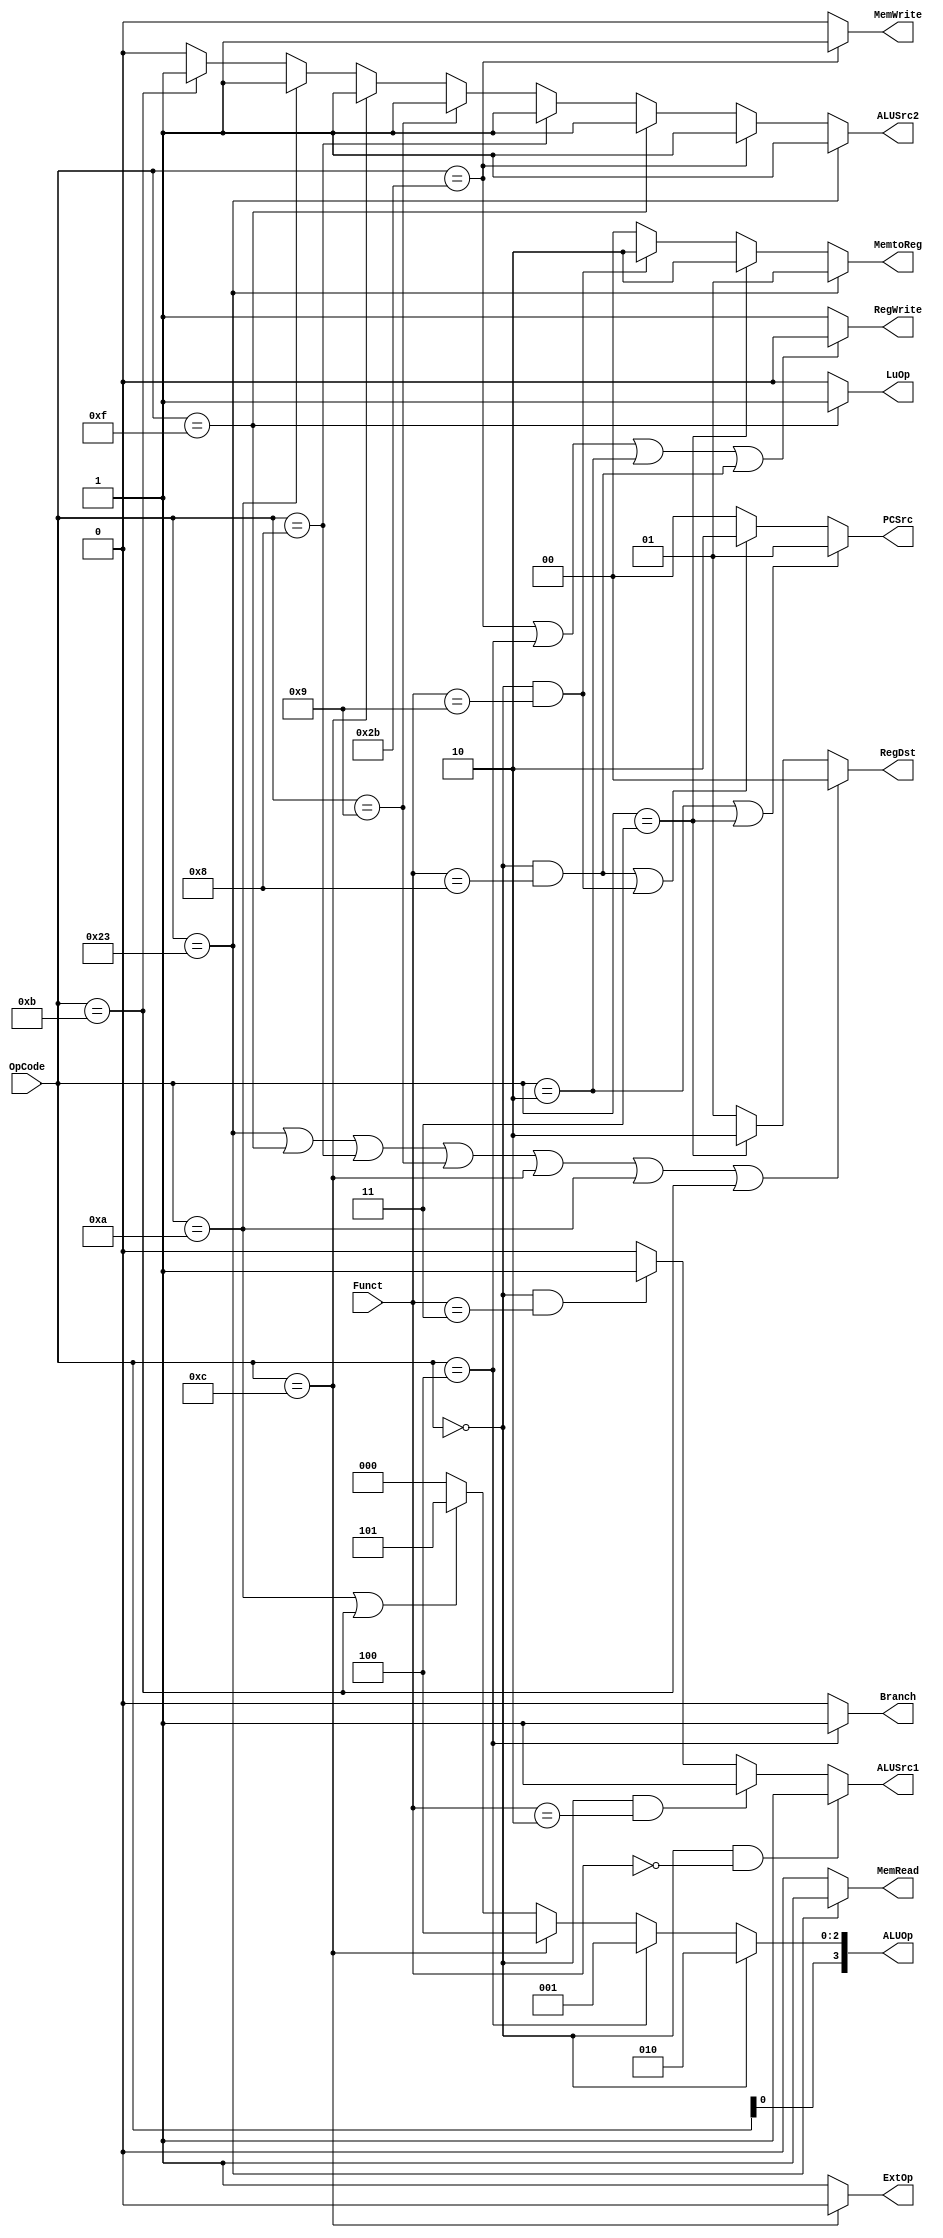
`ifndef __CONTROL_V__
`define __CONTROL_V__

module Control (
	input wire [5:0] OpCode,
	input wire [5:0] Funct,
	output wire [1:0] PCSrc,
	output wire Branch,
	output wire RegWrite,
	output wire [1:0] RegDst,
	output wire MemRead,
	output wire MemWrite,
	output wire [1:0] MemtoReg,
	output wire ALUSrc1,
	output wire ALUSrc2,
	output wire ExtOp,
	output wire LuOp,
	output wire [3:0] ALUOp
	);

	// Your code below
	assign PCSrc[1:0]=(OpCode == 6'h02 || OpCode == 6'h03)?2'b01:
					  ((OpCode == 6'h00 && Funct == 6'd8) || (OpCode == 6'h00 && Funct == 6'd9))?2'b10:2'b0;

	assign Branch=(OpCode == 6'h04)?1'b1:1'b0;

	assign RegWrite=(OpCode == 6'h2b || OpCode == 6'h04 ||
					 OpCode == 6'h02 ||(OpCode == 6'h00 && Funct == 6'd8))?1'b0:1'b1;

	assign RegDst=(OpCode == 6'h23 || OpCode == 6'h0f ||
				   OpCode == 6'h08 || OpCode == 6'h09 ||
				   OpCode == 6'h0c || OpCode == 6'h0a ||
				   OpCode == 6'h0b)?2'b0:
				  (OpCode == 6'h03)?2'b10:2'b01;

	assign MemRead=(OpCode == 6'h23)?1'b1:1'b0;

	assign MemWrite=(OpCode == 6'h2b)?1'b1:1'b0;

	assign MemtoReg=(OpCode == 6'h23)?2'b01:
					(OpCode == 6'h03)?2'b10:
					(OpCode == 6'h00 && Funct == 6'd9)?2'b10:2'b0;

	assign ALUSrc1=(OpCode == 6'h00 && Funct == 6'd0)?1'b1:
				   (OpCode == 6'h00 && Funct == 6'd2)?1'b1:
				   (OpCode == 6'h00 && Funct == 6'd3)?1'b1:1'b0;

	assign ALUSrc2=(OpCode == 6'h23)?1'b1:
				   (OpCode == 6'h2b)?1'b1:
				   (OpCode == 6'h0f)?1'b1:
				   (OpCode == 6'h08)?1'b1:
				   (OpCode == 6'h09)?1'b1:
				   (OpCode == 6'h0c)?1'b1:
				   (OpCode == 6'h0a)?1'b1:
				   (OpCode == 6'h0b)?1'b1:1'b0;

	assign ExtOp=(OpCode == 6'h0c)?1'b0:1'b1;

	assign LuOp=(OpCode == 6'h0f)?1'b1:1'b0;

	// Your code above

	assign ALUOp[2:0] =
		(OpCode == 6'h00)? 3'b010:
		(OpCode == 6'h04)? 3'b001:
		(OpCode == 6'h0c)? 3'b100:
		(OpCode == 6'h0a || OpCode == 6'h0b)? 3'b101:
		3'b000;

	assign ALUOp[3] = OpCode[0];

endmodule

`endif /*__CONTROL_V__*/